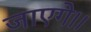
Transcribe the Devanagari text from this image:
जाएगे।।